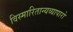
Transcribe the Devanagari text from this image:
विस्मारितान्यव्यापारो